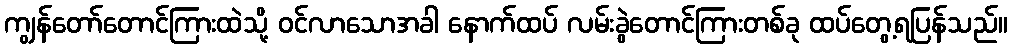
ကျွန်တော်တောင်ကြားထဲသို့ ဝင်လာသောအခါ နောက်ထပ် လမ်းခွဲတောင်ကြားတစ်ခု ထပ်တွေ့ရပြန်သည်။